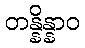
တန္နိန္နာဝ